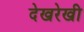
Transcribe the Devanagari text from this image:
देखरेखी